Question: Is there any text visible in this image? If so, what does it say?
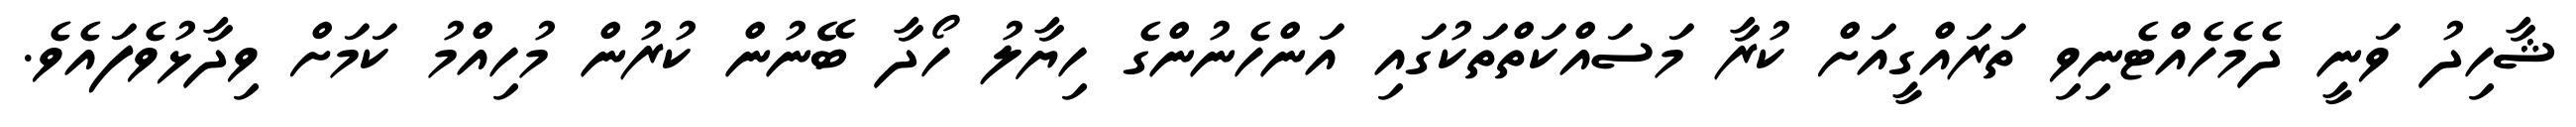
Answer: ޝާހިދު ވަނީ ދެމެހެއްޓެނިވި ތަރައްގީއަށް ކުރާ މަސައްކަތްތަކުގައި އަންހެނުންގެ ހިޔާލު ހޯދާ ބޭނުން ކުރުން މުހިއްމު ކަމަށް ވިދާޅުވެފައެވެ.